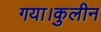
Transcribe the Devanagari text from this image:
गया।कुलीन